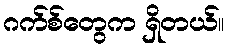
ဂက်စ်တွေက ရှိတယ်။